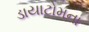
ડાયાટોમના